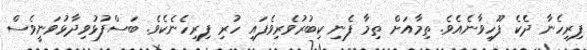
ފިރިހެނާ ދެކެ ފޫހިވާނެއެވެ. ތިމާއަށް ތިމާ ފެނި ކިބުރުވެރިވެފައި ހުރި ފިރިހެނެކެވެ. ބަސްފުޅުވިދާޅުވަނީވެސް